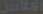
افلاس